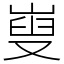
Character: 㟬